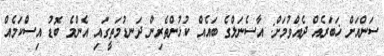
ސަންއަށް ޚަބަރެއް ދެއްވުމަށް: އާސެނަލްގެ ބައެއް ކުޅުންތެރިން ދަނޑުމަތީގައި އެންމެ ބޮޑު އިސްކަމެއް